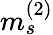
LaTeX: m_{s}^{(2)}